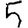
Digit: 5